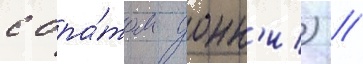
с бра́том донн'и) //